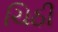
ચિઠી